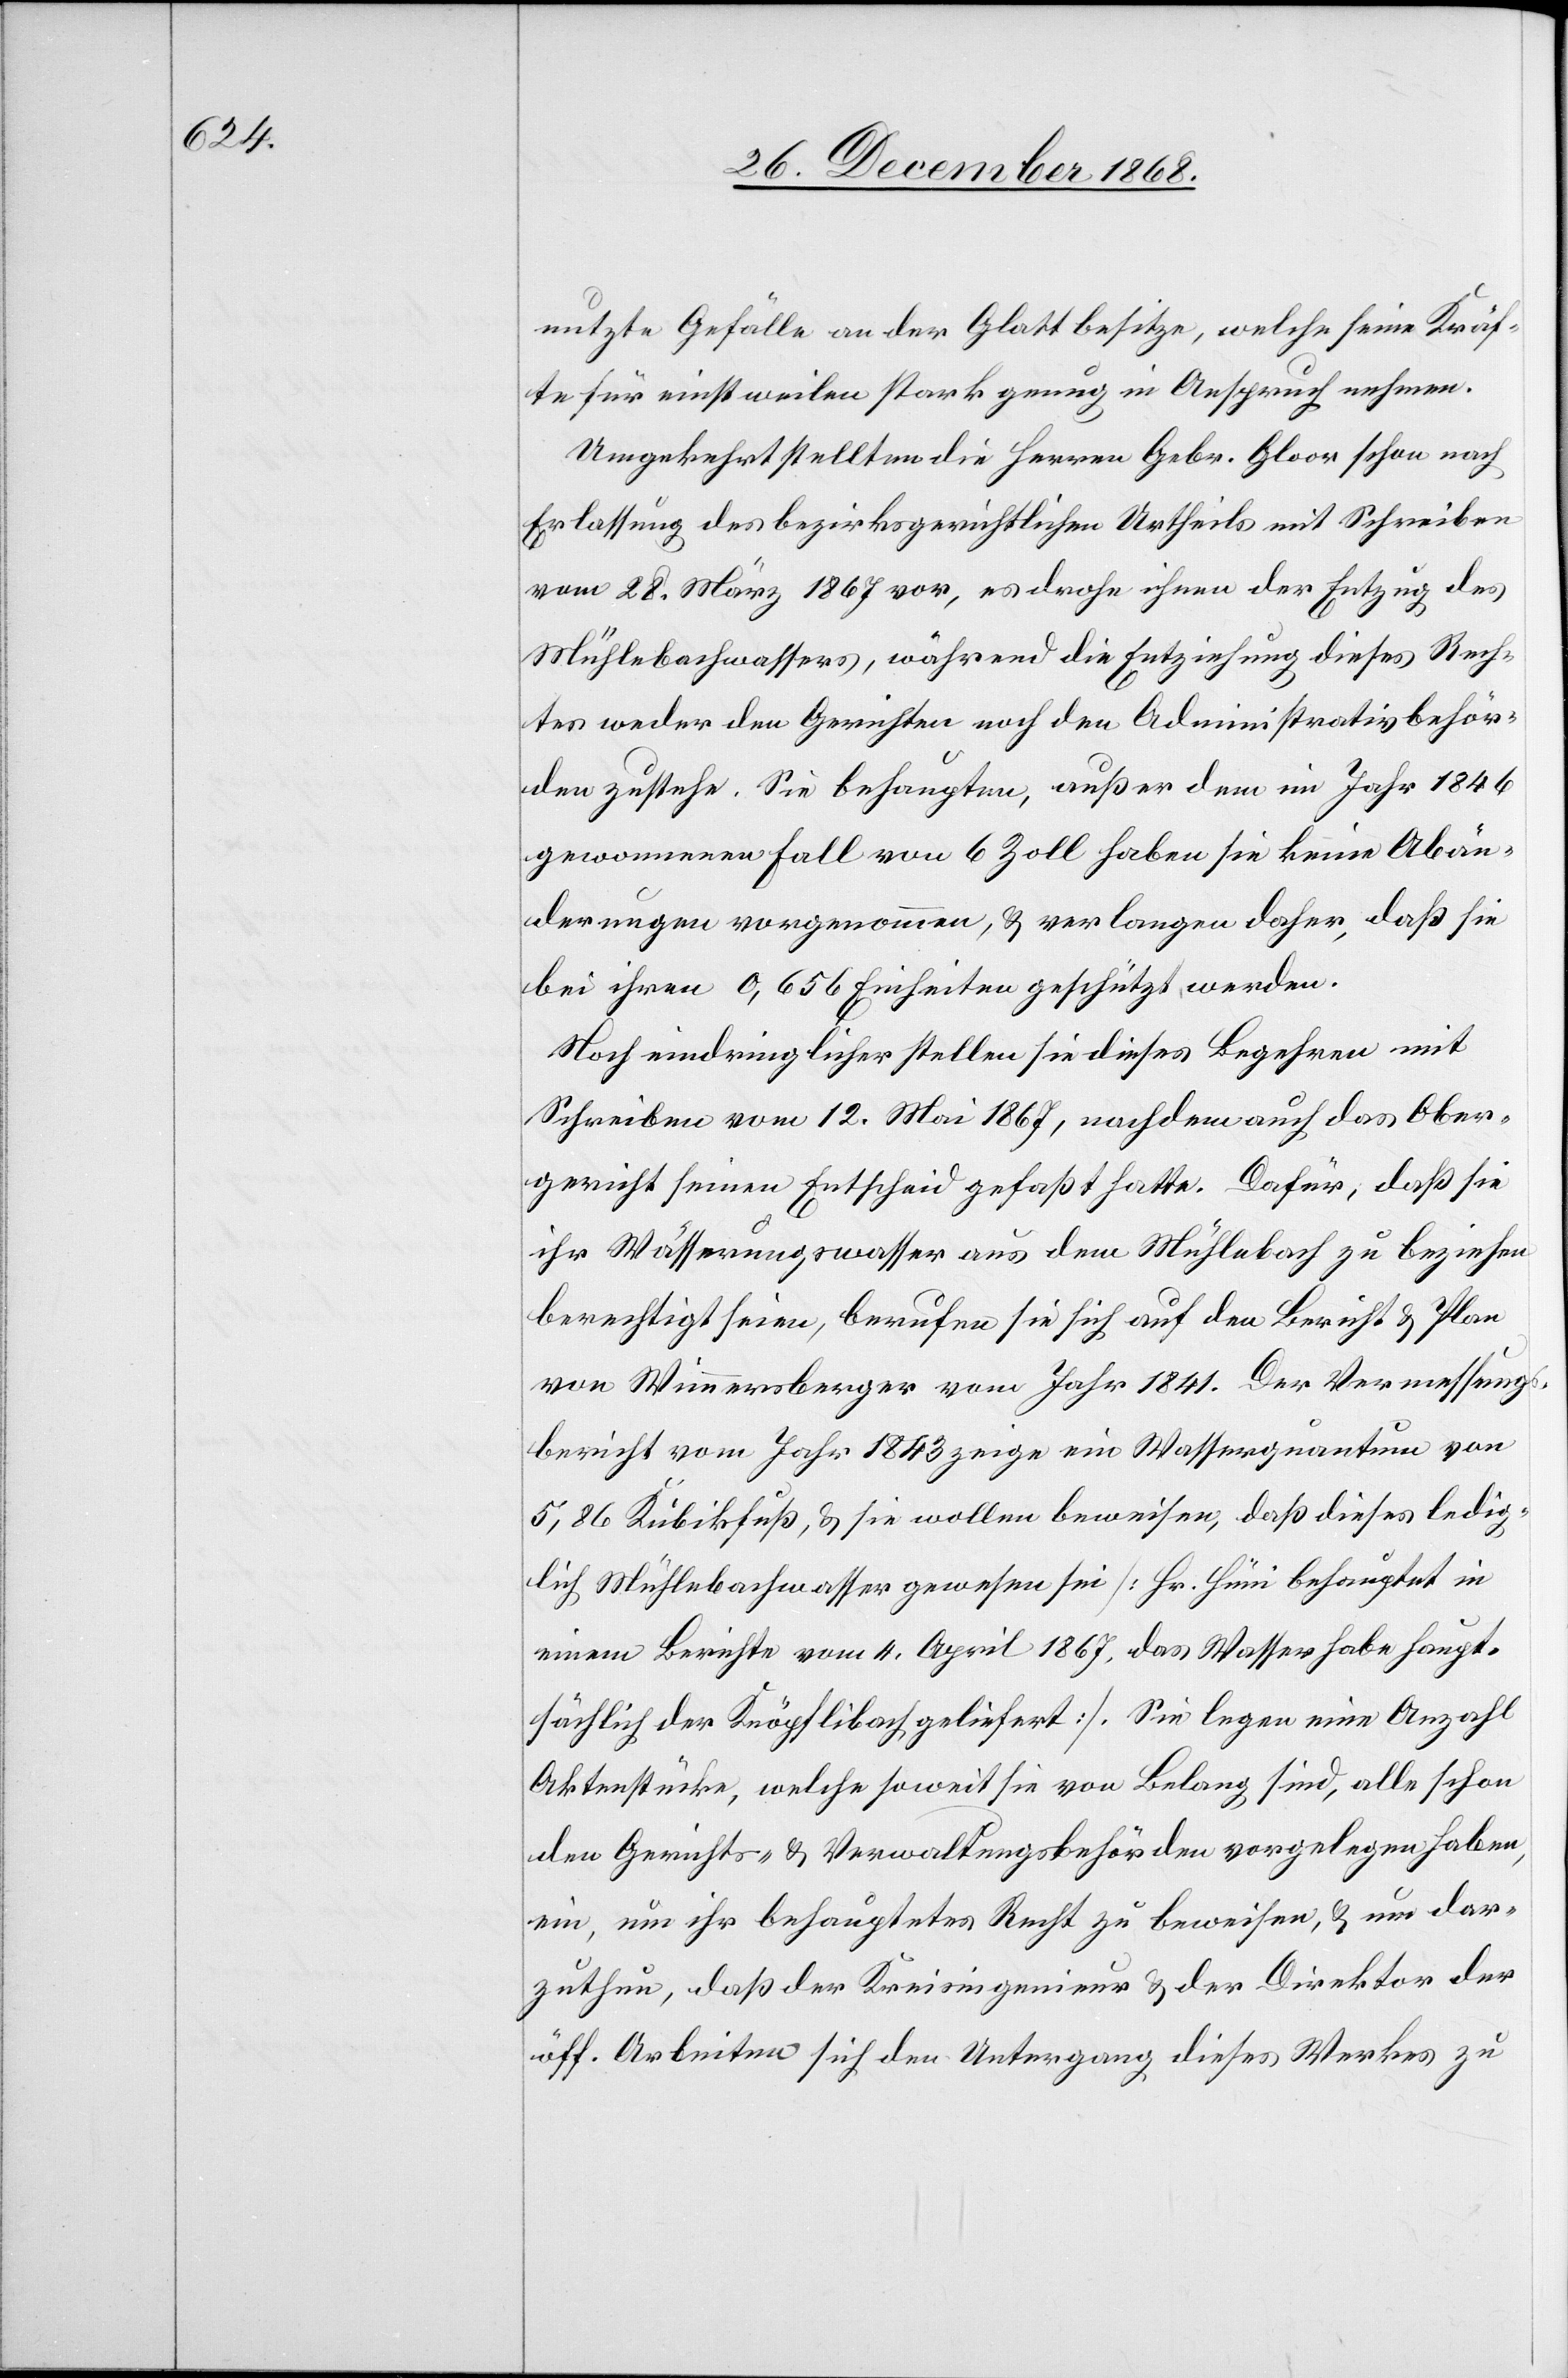
nutzte Gefälle an der Glatt besitze, welche seine Kräf¬
te für einstweilen stark genug in Anspruch nehmen.
Umgekehrt stellten die Herren Gebr. Gloor schon nach
Erlassung des bezirksgerichtlichen Urtheils mit Schreiben
vom 28. März 1867 vor, es drohe ihnen der Entzug des
Mühlebachwassers, während die Entziehung dieses Rech¬
tes weder den Gerichten noch den Administrativbehör¬
den zustehe. Sie behaupten, außer dem im Jahr 1846
gewonnenen Fall von 6 Zoll haben sie keine Abän¬
derungen vorgenommen, & verlangen daher, daß sie
bei ihren 0,656 Einheiten geschützt werden.
Noch eindringlicher stellen sie dieses Begehren mit
Schreiben vom 12. Mai 1867, nachdem auch das Ober¬
gericht seinen Entscheid gefaßt hatte. Dafür, daß sie
ihr Wässerungswasser aus dem Mühlebach zu beziehen
berechtigt seien, berufen sie sich auf den Bericht & Plan
von Wimmersberger vom Jahr 1841. Der Vermessungs¬
bericht vom Jahr 1843 zeige ein Wasserquantum von
5,86 Kubikfuß, & sie wollen beweisen, daß dieses ledig¬
lich Mühlebachwasser gewesen sei [Hr. Hüni behauptet in
einem Berichte vom 4. April 1867, das Wasser habe haupt¬
sächlich der Knöpflibach geliefert]. Sie legen eine Anzahl
Aktenstücke, welche soweit sie von Belang sind, alle schon
den Gerichts- & Verwaltungsbehörden vorgelegen haben,
ein, um ihr behauptetes Recht zu beweisen, & um dar¬
zuthun, daß der Kreisingenieur & der Direktor der
öff. Arbeiten sich den Untergang dieses Werkes zu